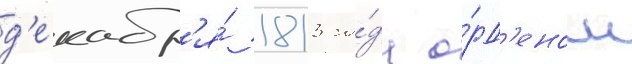
д'екабр'я́ 1813 го́да о́рд'еном